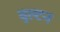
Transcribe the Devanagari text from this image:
वूल्टन